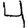
Digit: 4